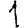
Digit: 1